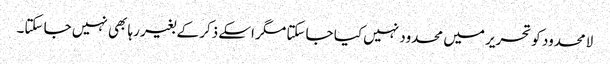
لامحدود کو تحریر میں محدود نہیں کیا جا سکتا مگر اسکے ذکر کے بغیر رہا بھی نہیں جا سکتا۔